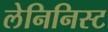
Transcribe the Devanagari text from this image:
लेनिनिस्ट